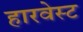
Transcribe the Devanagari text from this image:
हारवेस्ट